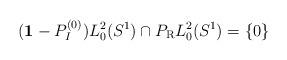
LaTeX: \begin{align*}({\bf 1}-P_I^{(0)}) L_0^2(S^1) \cap P_{\rm R} L_0^2(S^1) =\{0\}\end{align*}